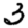
Digit: 3